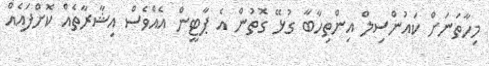
މިހާތަނަށް ކައުންސިލް އިންތިހާބާ ގުޅޭ ގޮތުން އެ ޕާޓީން އެއްވެސް އިޝާރާތެއް ކޮށްފައެއް